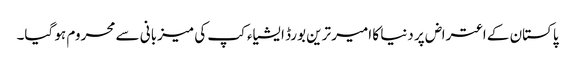
پاکستان کے اعتراض پر دنیا کا امیر ترین بورڈ ایشیاء کپ کی میزبانی سے محروم ہو گیا۔